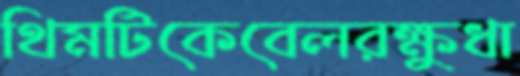
থিমটিকেবেলরক্ষুধা